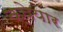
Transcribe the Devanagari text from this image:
क्वेयार